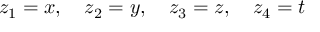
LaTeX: z _ { 1 } = x , \quad z _ { 2 } = y , \quad z _ { 3 } = z , \quad z _ { 4 } = t